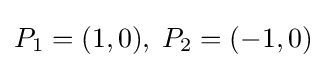
P_{1}=(1,0),\;P_{2}=(-1,0)